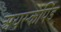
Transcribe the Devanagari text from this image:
अयस्कपिंड